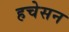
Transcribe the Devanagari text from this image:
हचेसन